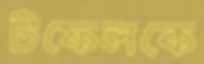
টফেলকে